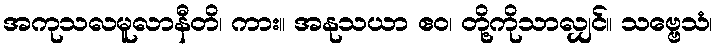
အကုသလမူလာနီတိ၊ ကား။ အနုသယာ ဧဝ၊ တို့ကိုသာလျှင်။ သဗ္ဗေသံ၊